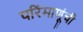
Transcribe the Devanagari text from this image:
परिंमाणूंची